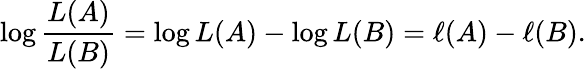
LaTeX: \log{\frac{L(A)}{L(B)}}=\log L(A)-\log L(B)=\ell(A)-\ell(B).